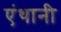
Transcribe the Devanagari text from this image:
एंथानी